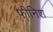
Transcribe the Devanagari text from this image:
फीनिश